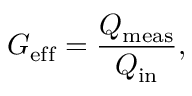
G _ { \mathrm { e f f } } = \frac { Q _ { \mathrm { m e a s } } } { Q _ { \mathrm { i n } } } ,